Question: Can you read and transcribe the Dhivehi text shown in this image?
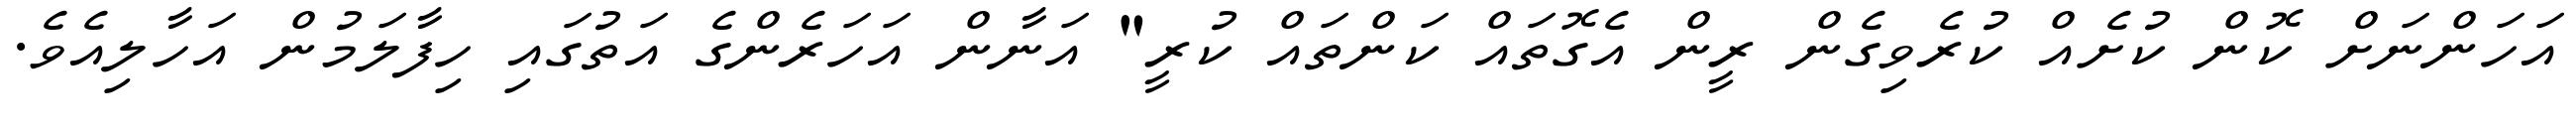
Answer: އަހަންނަށް ކޮން ކުށެއް ކުރެވިގެން ރީން އެގޮތައް ކަންތައް ކުރީ" އަނާން އަހަރެންގެ އަތުގައި ހިފާލަމުން އަހާލިއެވެ.